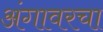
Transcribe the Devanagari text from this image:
अंगावरचा